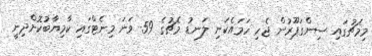
މިމެޗުގައި ސިންގަޕޫރުން ޖެހި ހަމައެކަނި ލަނޑު މެޗުގެ 59 ވަނަ މިނެޓްގައި ކާމިޔާބުކޮށްދިނީ